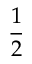
\frac { 1 } { 2 }